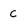
Character: c